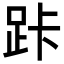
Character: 𮛑